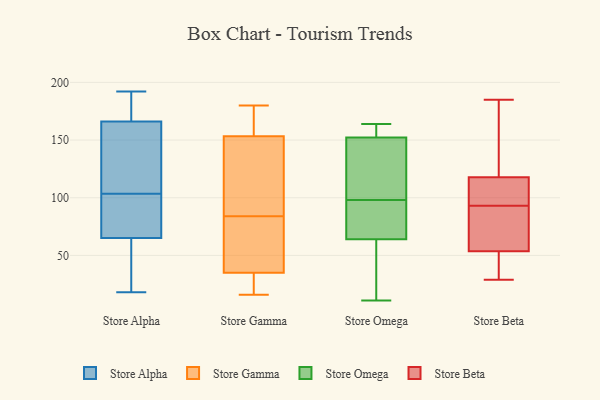
{"axis": {"x": "Waste Production (Tons)", "y": "Value"}, "legend": ["Store Alpha", "Store Beta", "Store Gamma", "Store Omega"], "data": [{"x": "", "y": 192, "type": "Store Alpha"}, {"x": "", "y": 163, "type": "Store Alpha"}, {"x": "", "y": 166, "type": "Store Alpha"}, {"x": "", "y": 192, "type": "Store Alpha"}, {"x": "", "y": 50, "type": "Store Alpha"}, {"x": "", "y": 94, "type": "Store Alpha"}, {"x": "", "y": 88, "type": "Store Alpha"}, {"x": "", "y": 113, "type": "Store Alpha"}, {"x": "", "y": 65, "type": "Store Alpha"}, {"x": "", "y": 18, "type": "Store Alpha"}, {"x": "", "y": 30, "type": "Store Gamma"}, {"x": "", "y": 17, "type": "Store Gamma"}, {"x": "", "y": 68, "type": "Store Gamma"}, {"x": "", "y": 27, "type": "Store Gamma"}, {"x": "", "y": 84, "type": "Store Gamma"}, {"x": "", "y": 108, "type": "Store Gamma"}, {"x": "", "y": 180, "type": "Store Gamma"}, {"x": "", "y": 170, "type": "Store Gamma"}, {"x": "", "y": 82, "type": "Store Gamma"}, {"x": "", "y": 16, "type": "Store Gamma"}, {"x": "", "y": 50, "type": "Store Gamma"}, {"x": "", "y": 148, "type": "Store Gamma"}, {"x": "", "y": 157, "type": "Store Gamma"}, {"x": "", "y": 155, "type": "Store Gamma"}, {"x": "", "y": 107, "type": "Store Gamma"}, {"x": "", "y": 25, "type": "Store Omega"}, {"x": "", "y": 164, "type": "Store Omega"}, {"x": "", "y": 61, "type": "Store Omega"}, {"x": "", "y": 98, "type": "Store Omega"}, {"x": "", "y": 83, "type": "Store Omega"}, {"x": "", "y": 150, "type": "Store Omega"}, {"x": "", "y": 122, "type": "Store Omega"}, {"x": "", "y": 130, "type": "Store Omega"}, {"x": "", "y": 153, "type": "Store Omega"}, {"x": "", "y": 163, "type": "Store Omega"}, {"x": "", "y": 41, "type": "Store Omega"}, {"x": "", "y": 85, "type": "Store Omega"}, {"x": "", "y": 88, "type": "Store Omega"}, {"x": "", "y": 73, "type": "Store Omega"}, {"x": "", "y": 11, "type": "Store Omega"}, {"x": "", "y": 148, "type": "Store Omega"}, {"x": "", "y": 155, "type": "Store Omega"}, {"x": "", "y": 157, "type": "Store Omega"}, {"x": "", "y": 11, "type": "Store Omega"}, {"x": "", "y": 145, "type": "Store Beta"}, {"x": "", "y": 77, "type": "Store Beta"}, {"x": "", "y": 93, "type": "Store Beta"}, {"x": "", "y": 113, "type": "Store Beta"}, {"x": "", "y": 38, "type": "Store Beta"}, {"x": "", "y": 106, "type": "Store Beta"}, {"x": "", "y": 46, "type": "Store Beta"}, {"x": "", "y": 56, "type": "Store Beta"}, {"x": "", "y": 185, "type": "Store Beta"}, {"x": "", "y": 29, "type": "Store Beta"}, {"x": "", "y": 95, "type": "Store Beta"}, {"x": "", "y": 66, "type": "Store Beta"}, {"x": "", "y": 132, "type": "Store Beta"}]}